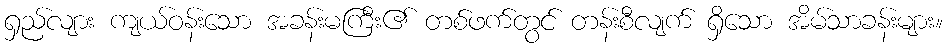
ရှည်လျား ကျယ်ဝန်းသော အခန်းမကြီး၏ တစ်ဖက်တွင် တန်းစီလျက် ရှိသော အိမ်သာခန်းများ။